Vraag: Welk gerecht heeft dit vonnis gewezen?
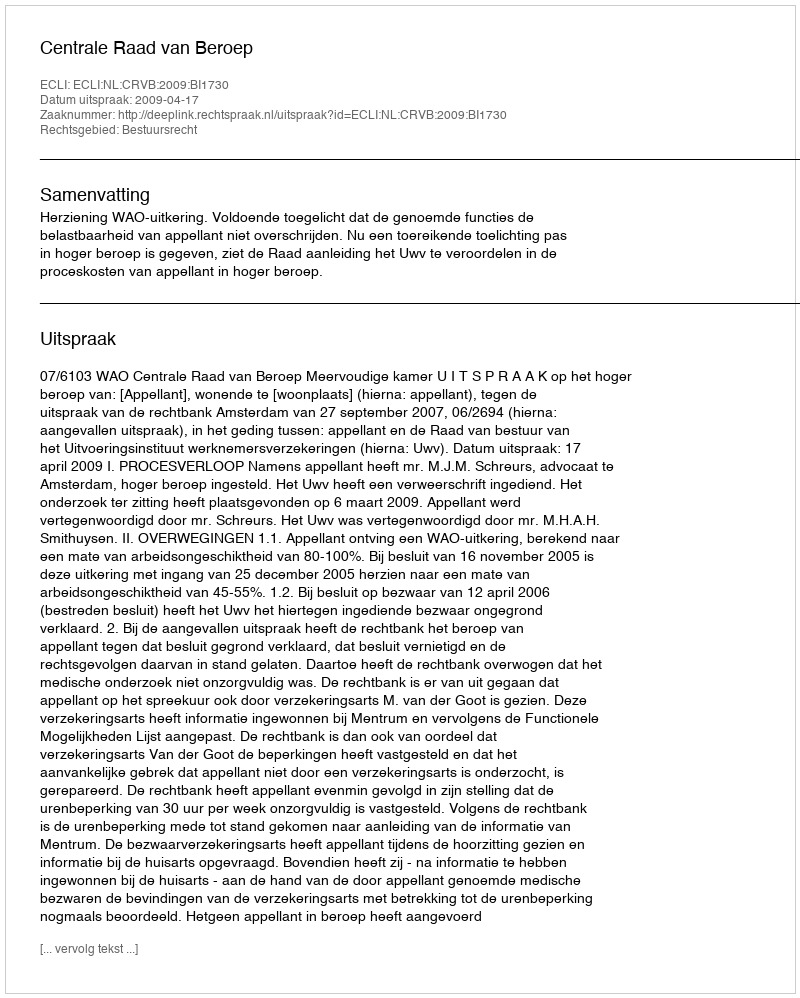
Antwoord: Centrale Raad van Beroep